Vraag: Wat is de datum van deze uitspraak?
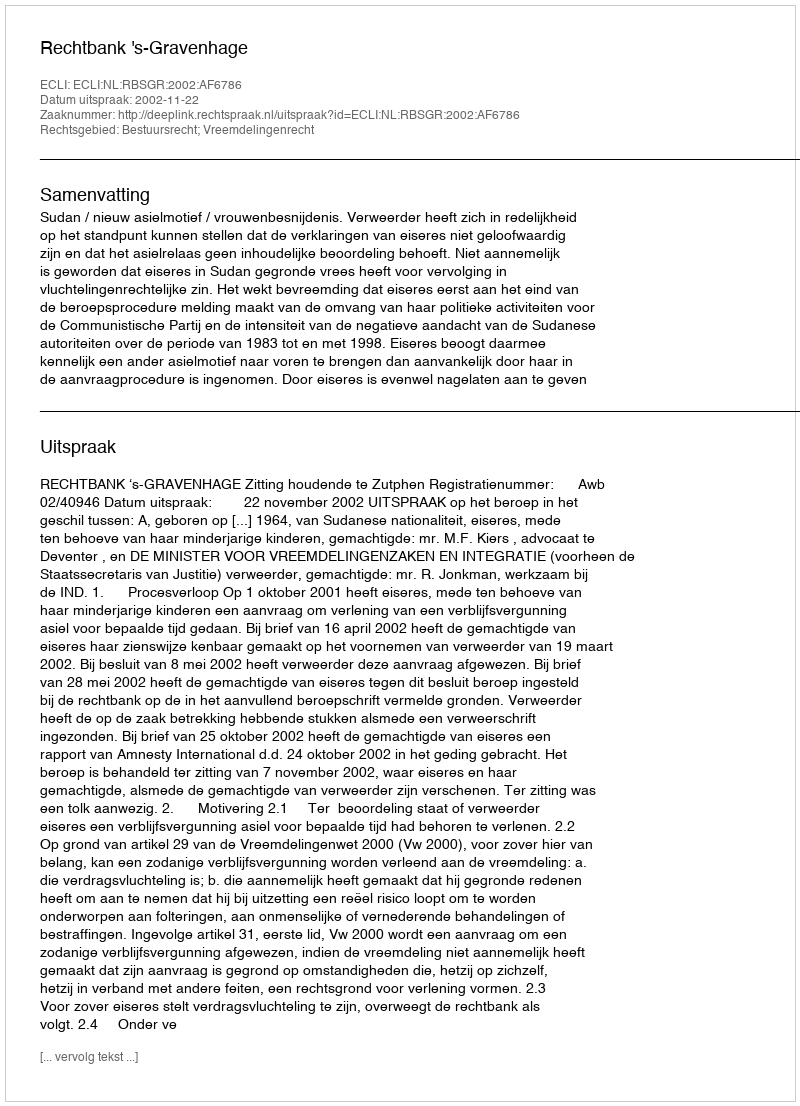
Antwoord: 2002-11-22